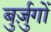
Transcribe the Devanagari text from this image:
बुर्ज़ुगों